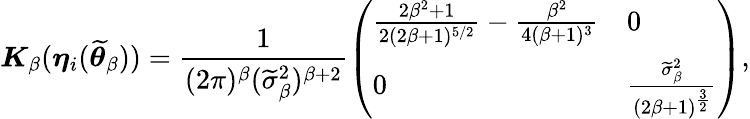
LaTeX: \boldsymbol{K}_{\beta}(\boldsymbol{\eta}_{i}(\widetilde{\boldsymbol{\theta}}_{\beta}))=\frac{1}{(2\pi)^{\beta}(\widetilde{\sigma}_{\beta}^{2})^{\beta+2}}\left(\begin{array}{ll}{\frac{2\beta^{2}+1}{2(2\beta+1)^{5/2}}-\frac{\beta^{2}}{4(\beta+1)^{3}}}&{0}\\ {0}&{\frac{\widetilde{\sigma}_{\beta}^{2}}{(2\beta+1)^{\frac{3}{2}}}}\end{array}\right),